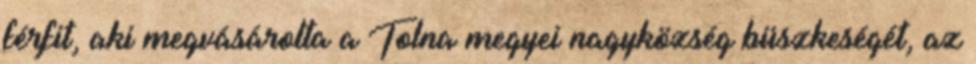
férfit, aki megvásárolta a Tolna megyei nagyközség büszkeségét, az